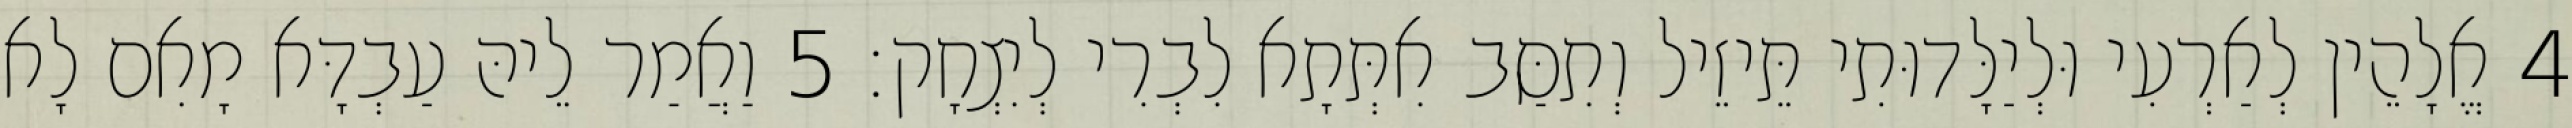
4 אֱלָהֵין לְאַרְעִי וּלְיַלָּדוּתִי תֵּיזֵיל וְתִסַּב אִתְּתָא לִבְרִי לְיִצְחָק׃ 5 וַאֲמַר לֵיהּ עַבְדָּא מָאִם לָא